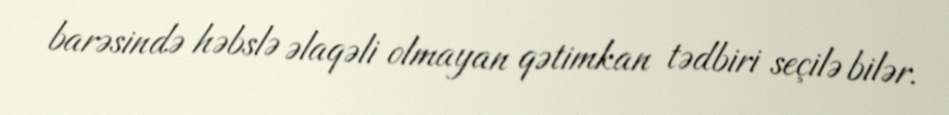
barəsində həbslə əlaqəli olmayan qətimkan tədbiri seçilə bilər.